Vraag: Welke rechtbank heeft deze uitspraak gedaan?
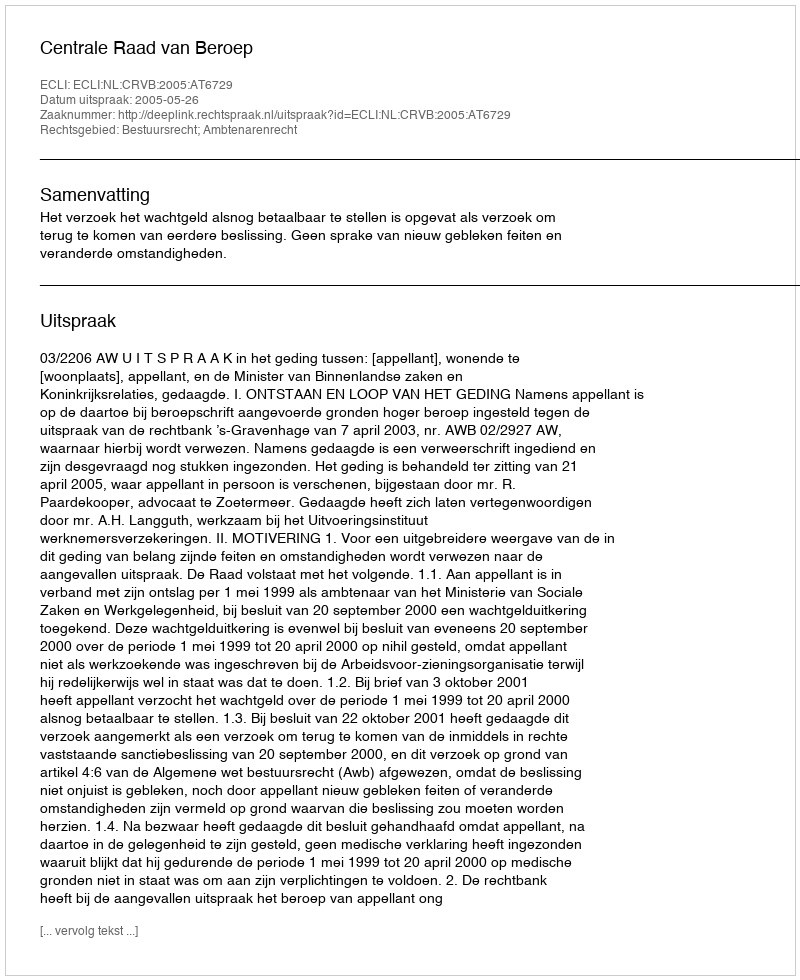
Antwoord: Centrale Raad van Beroep